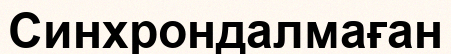
Синхрондалмаған